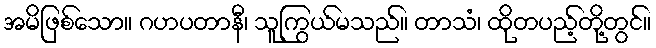
အမိဖြစ်သော။ ဂဟပတာနီ၊ သူကြွယ်မသည်။ တာသံ၊ ထိုတပည့်တို့တွင်။